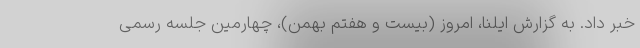
خبر داد. به گزارش ایلنا، امروز (بیست و هفتم بهمن)، چهارمین جلسه رسمی